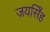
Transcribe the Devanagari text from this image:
जयसिँह